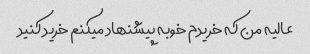
عالیه من که خریدم خوبه پیشنهاد میکنم خرید کنید